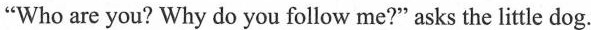
"Who are you? Why do you follow me?" asks the little dog.